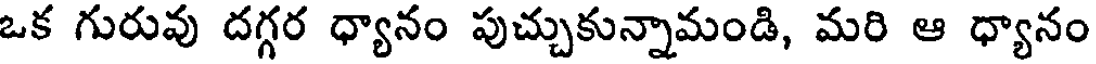
ఒక గురువు దగ్గర ధ్యానం పుచ్చుకున్నామండి, మరి ఆ ధ్యానం